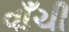
વાઁચી